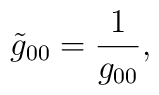
{\tilde{g}_{00}} = \frac{1}{\Huge g_{00}},